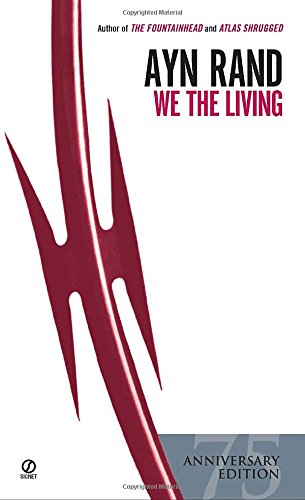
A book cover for We the Living (75th-Anniversary Edition); Ayn Rand; Literature & Fiction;